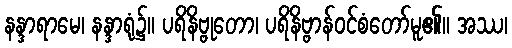
နန္ဒာရာမေ၊ နန္ဒာရုံ၌။ ပရိနိဗ္ဗုတော၊ ပရိနိဗ္ဗာန်ဝင်စံတော်မူ၏။ အဿ၊